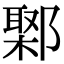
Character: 𨝮